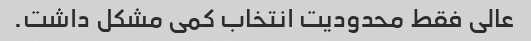
عالی فقط محدودیت انتخاب کمی مشکل داشت.